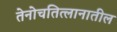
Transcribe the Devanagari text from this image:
तेनोचतित्लानातील